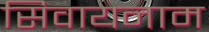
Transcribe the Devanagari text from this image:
सिवायनाम